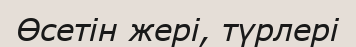
Өсетін жері, түрлері